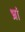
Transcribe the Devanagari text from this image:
भ्रां